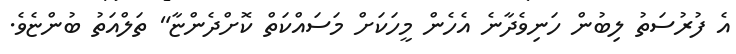
އެ ފުރުސަތު ލިބުން ހަނިވެދާނެ އެހެން މީހަކަށް މަސައްކަތް ކޮށްދެންޏާ" ތަލްއަތު ބުންޏެވެ.